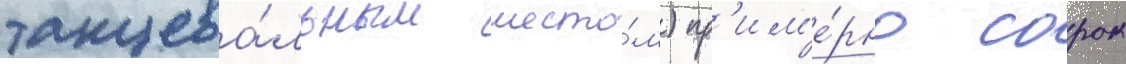
танцева́льным шесто́м) пр'им'е́рно сорок